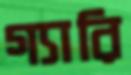
গ্যারি